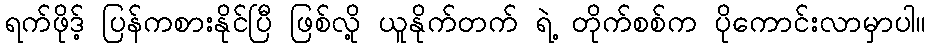
ရက်ဖိုဒ့် ပြန်ကစားနိုင်ပြီ ဖြစ်လို့ ယူနိုက်တက် ရဲ့ တိုက်စစ်က ပိုကောင်းလာမှာပါ။